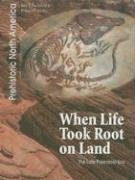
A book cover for When Life Took Root on Land: The Late Paleozoic Era (Prehistoric North America (Heinemann)); Jean F. Blashfield; Children's Books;